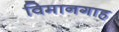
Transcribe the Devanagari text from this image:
विमानगाह